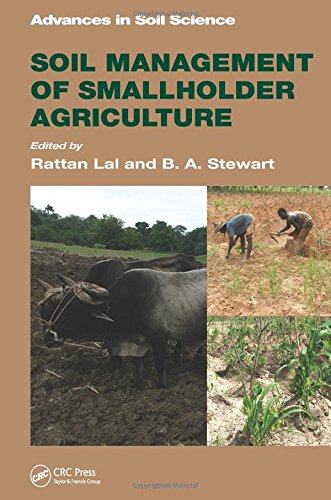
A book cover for Soil Management of Smallholder Agriculture (Advances in Soil Science); Science & Math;